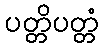
ပတ္တိပတ္တံ